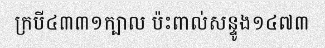
ក្របី៤៣៣១ក្បាល ប៉ះពាល់សន្ទូង១៤៧៣